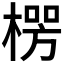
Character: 𪳏